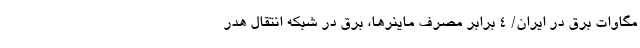
مگاوات برق در ایران/ ۴ برابر مصرف ماینرها، برق در شبکه انتقال هدر